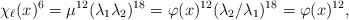
LaTeX: \begin{align*}\chi_\ell(x)^6 = \mu^{12} (\lambda_1\lambda_2)^{18} = \varphi(x)^{12}(\lambda_2/\lambda_1)^{18}=\varphi(x)^{12},\end{align*}